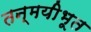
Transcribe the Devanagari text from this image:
तन्मयीभूत